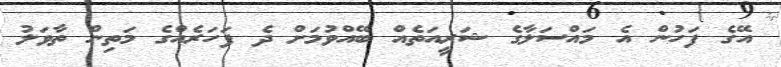
އޭގެ ފަހުން އެ މައްސަލާގެ ޝަރީއަތެއް ބޭއްވުމަށް ދެ ފަހަރެއްގެ މަތިން ތާވަލު